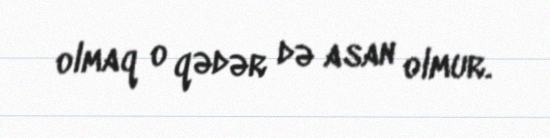
olmaq o qədər də asan olmur.